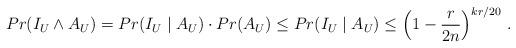
LaTeX: \begin{align*} Pr(I_U \wedge A_U) = Pr(I_U \; | \; A_U) \cdot Pr(A_U) \leq Pr(I_U\; | \; A_U) \leq \left(1 - \frac{r}{2n} \right)^{k r/20} \,.\end{align*}